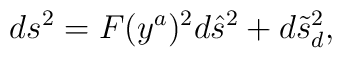
ds^2=F(y^a)^2d\hat{s}^2+d\tilde{s}_d^2,